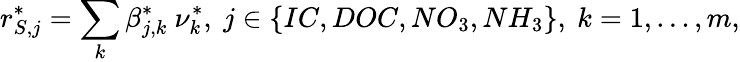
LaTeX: r_{S,j}^{*}=\sum_{k}\beta_{j,k}^{*}\ \nu_{k}^{*},\ j\in\{ IC,DOC,NO_{3},NH_{3}\} ,\ k=1,...,m,